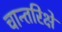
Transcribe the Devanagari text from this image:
चान्तरिक्षे